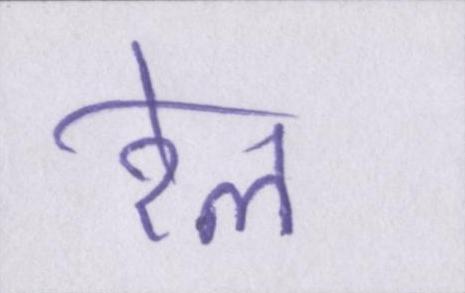
रेल